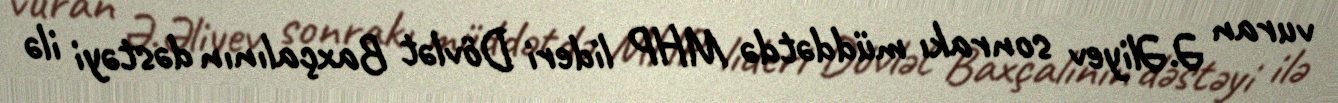
vuran Ə.Əliyev sonrakı müddətdə MHP lideri Dövlət Baxçalının dəstəyi ilə